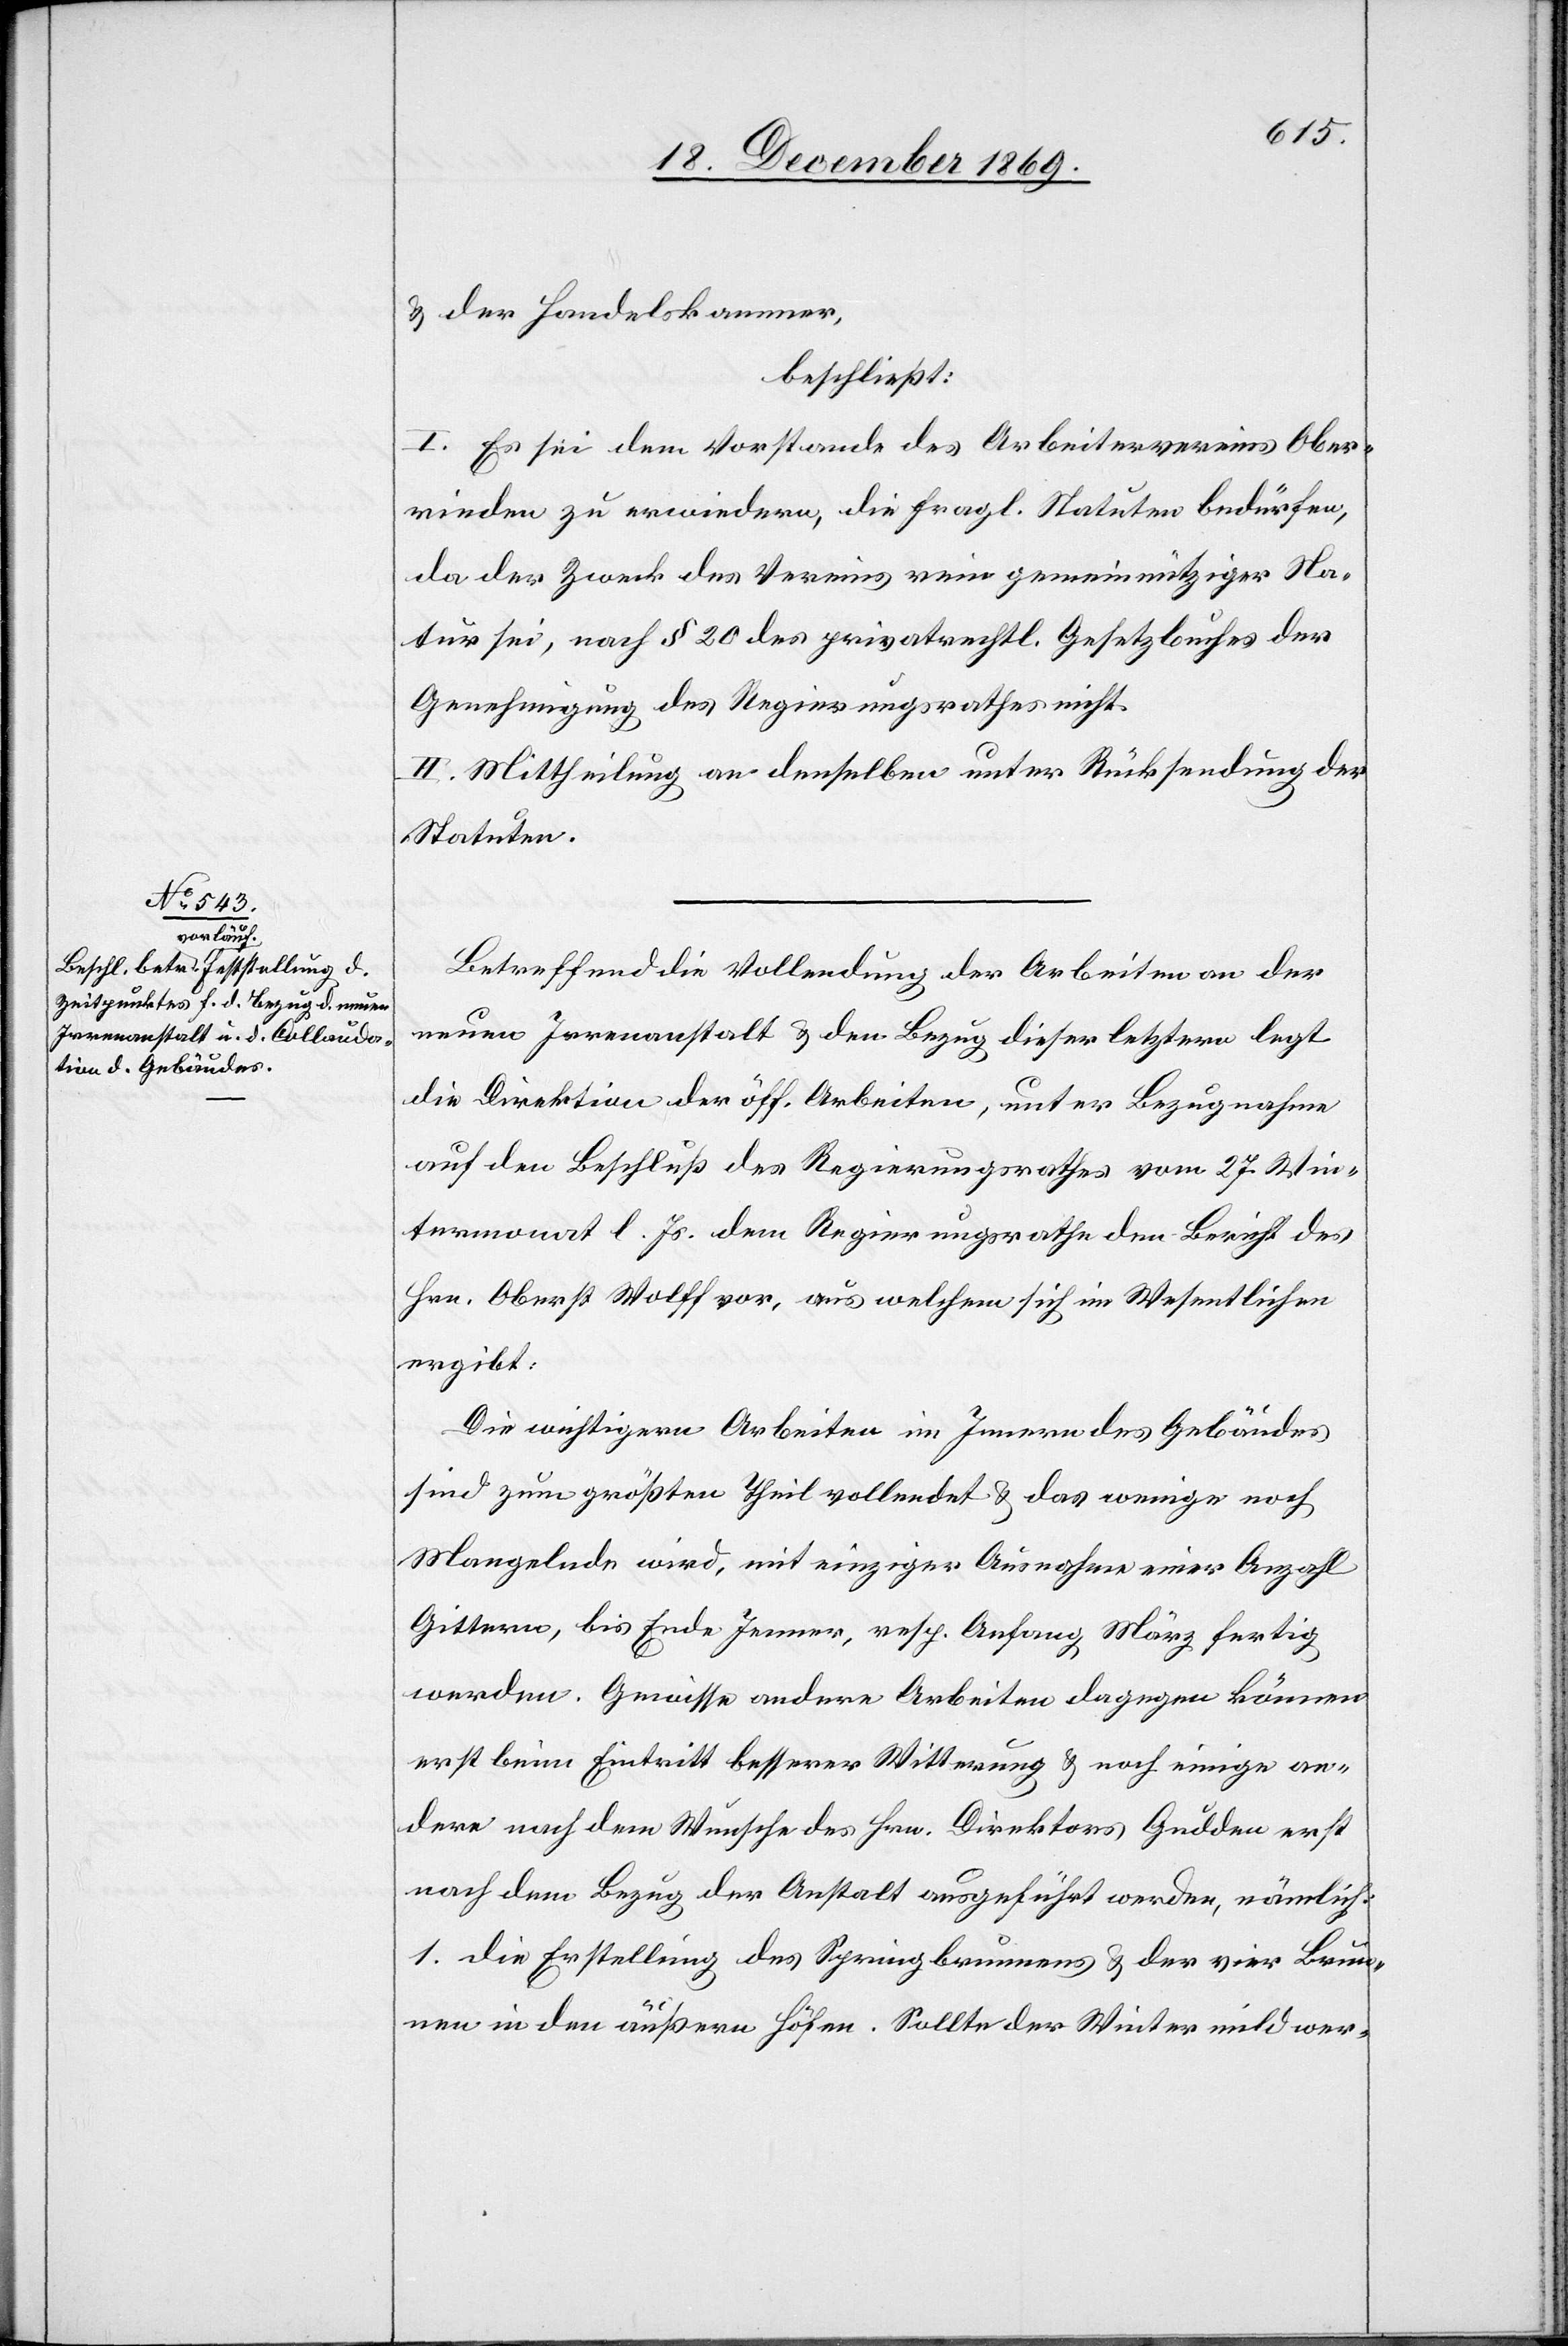
& der Handelskammer,
beschließt:
I. Es sei dem Vorstande des Arbeitervereins Ober¬
rieden zu erwiedern, die fragl. Statuten bedürfen,
da der Zweck des Vereins rein gemeinnütziger Na¬
tur sei, nach § 20 des privatrechtl. Gesetzbuches der
Genehmigung des Regierungsrathes nicht.
II. Mittheilung an denselben unter Rücksendung der
Statuten.
Betreffend die Vollendung der Arbeiten an der
neuen Irrenanstalt & den Bezug dieser letztern legt
die Direktion der öff. Arbeiten, unter Bezugnahme
auf den Beschluß des Regierungsrathes vom 27. Win¬
termonat l. Js. dem Regierungsrathe den Bericht des
Hrn. Oberst Wolff vor, aus welchem sich im Wesentlichen
ergibt:
Die wichtigern Arbeiten im Innern des Gebäudes
sind zum größten Theil vollendet & das wenige noch
Mangelnde wird, mit einziger Ausnahme einer Anzahl
Gittern, bis Ende Jenner, resp. Anfang März fertig
werden. Gewisse andere Arbeiten dagegen können
erst beim Eintritt besserer Witterung & noch einige an¬
dere nach dem Wunsche des Hrn. Direktors Gudden erst
nach dem Bezug der Anstalt ausgeführt werden, nämlich:
1. die Erstellung des Springbrunnens & der vier Brun¬
nen in den äußern Höfen. Sollte der Winter mild wer-